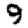
Digit: 9